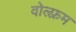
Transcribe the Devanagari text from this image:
वोल्फ़्रम